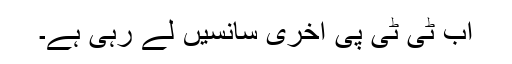
اب ٹی ٹی پی آخری سانسیں لے رہی ہے۔